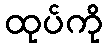
ထုပ်ကို